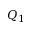
Q _ { 1 }